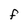
Character: F